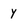
Character: Y